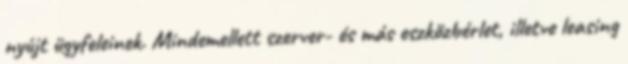
nyújt ügyfeleinek. Mindemellett szerver- és más eszközbérlet, illetve leasing